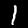
Digit: 1